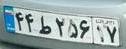
۴۴ط۲۵۶۱۷